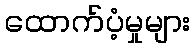
ထောက်ပံ့မှုများ